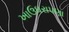
ખાઉધરાપણા